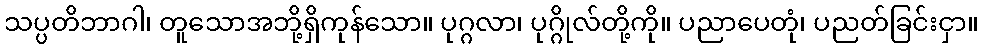
သပ္ပတိဘာဂါ၊ တူသောအဘို့ရှိကုန်သော။ ပုဂ္ဂလာ၊ ပုဂ္ဂိုလ်တို့ကို။ ပညာပေတုံ၊ ပညတ်ခြင်းငှာ။